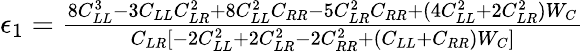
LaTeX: \begin{array}{r}{\epsilon_{1}=\frac{8C_{LL}^{3}-3C_{LL}C_{LR}^{2}+8C_{LL}^{2}C_{RR}-5C_{LR}^{2}C_{RR}+(4C_{LL}^{2}+2C_{LR}^{2})W_{C}}{C_{LR}[-2C_{LL}^{2}+2C_{LR}^{2}-2C_{RR}^{2}+(C_{LL}+C_{RR})W_{C}]}}\end{array}